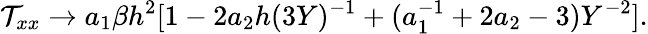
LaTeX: \mathcal{T}_{xx}\to a_{1}\beta h^{2}[1-2a_{2}h(3Y)^{-1}+(a_{1}^{-1}+2a_{2}-3)Y^{-2}].